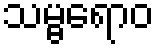
သမ္ဗရောဝ